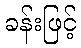
ခန်းဖြင့်